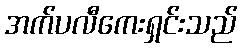
အက်ပလီကေးရှင်းသည်